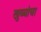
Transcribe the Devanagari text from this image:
खुब्यांचा